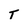
Character: T